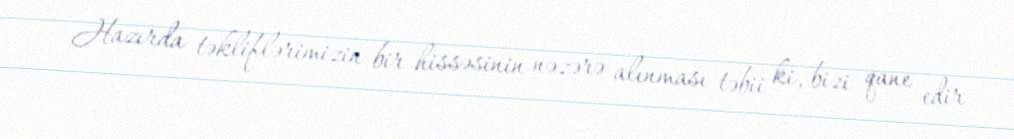
Hazırda təkliflərimizin bir hissəsinin nəzərə alınması təbii ki, bizi qane edir